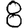
Digit: 8